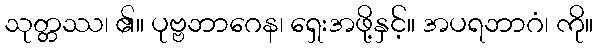
သုတ္တဿ၊ ၏။ ပုဗ္ဗဘာဂေန၊ ရှေးအဖို့နှင့်။ အပရဘာဂံ၊ ကို။